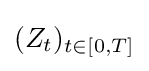
(Z_{t})_{t\in [0,T]}